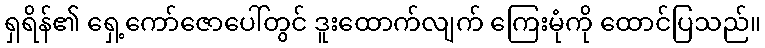
ရှရိန်၏ ရှေ့ကော်ဇောပေါ်တွင် ဒူးထောက်လျက် ကြေးမုံကို ထောင်ပြသည်။